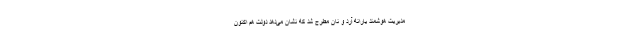
مدیریت هوشمند یارانه آرد و نان مطرح شد که نشان می‌دهد دولت هم اکنون